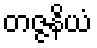
တဇ္ဇနိယံ